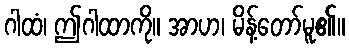
ဂါထံ၊ ဤဂါထာကို။ အာဟ၊ မိန့်တော်မူ၏။